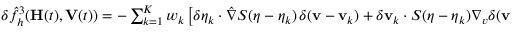
\begin{array} { r } { \delta \hat { f } _ { h } ^ { 3 } ( \mathbf H ( t ) , \mathbf V ( t ) ) = - \sum _ { k = 1 } ^ { K } w _ { k } \left[ \delta { \boldsymbol \eta } _ { k } \cdot \hat { \nabla } S ( { \boldsymbol \eta } - { \boldsymbol \eta } _ { k } ) \, \delta ( { \mathbf v } - { \mathbf v } _ { k } ) + \delta { \mathbf v } _ { k } \cdot S ( { \boldsymbol \eta } - { \boldsymbol \eta } _ { k } ) \nabla _ { v } \delta ( { \mathbf v } - { \mathbf v } _ { k } ) \right] \, . } \end{array}